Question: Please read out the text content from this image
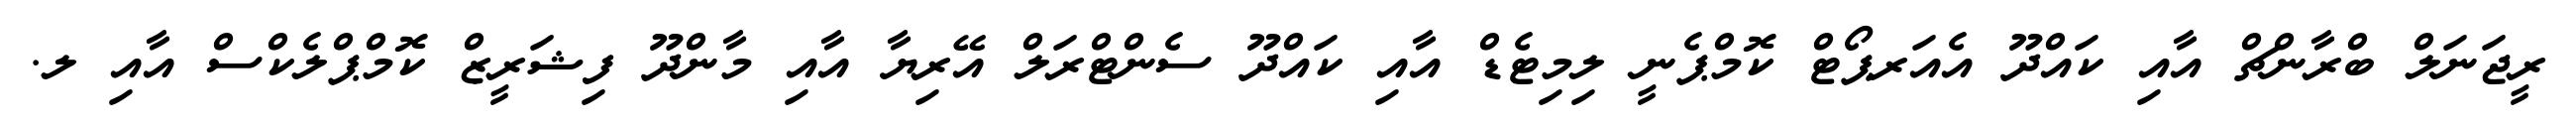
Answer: ރީޖަނަލް ބްރާންޗް އާއި ކައްދޫ އެއަރޕޯޓް ކޮމްޕެނީ ލިމިޓެޑް އާއި ކައްދޫ ސެންޓްރަލް އޭރިޔާ އާއި މާންދޫ ފިޝަރީޒް ކޮމްޕްލެކްސް އާއި ލ.